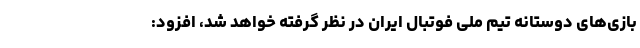
بازی‌های دوستانه تیم ملی فوتبال ایران در نظر گرفته خواهد شد، افزود: